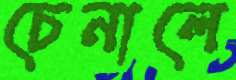
চেনালে